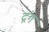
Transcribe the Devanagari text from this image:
द्गंग